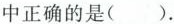
中正确的是()。